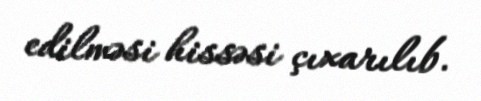
edilməsi hissəsi çıxarılıb.